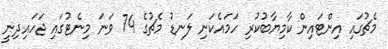
މެޗުގައި އިންޓައިން ކާމިޔާބުކުރި ހަމައެކަނި ލަނޑު މެޗުގެ 74 ވަނަ މިނެޓުގައި ޖަހައިދިނީ